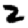
Digit: 2